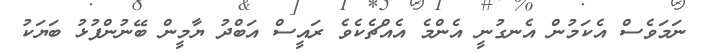
ނަމަވެސް އެކަމުން އެނގުނީ އެންމެ އެއްޗެކެވެ ރައީސް އަބްދު ޔާމީން ބޭނުންފުޅު ބަޔަކު